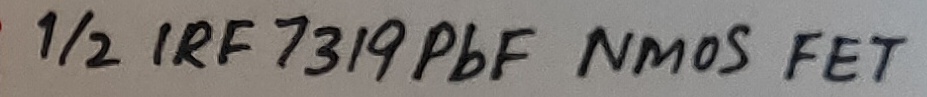
Text: 1/2 IRF 7319PbF NMOS FET